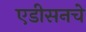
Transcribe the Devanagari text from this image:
एडीसनचे